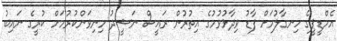
އެމްޑީޕީގެ ހިނގާލުމަށް ފާޑު ވިދާޅުވުމުގެ އިތުރުން ރައީސް ނަޝީދު މިނިވަންކުރުމަށް ކުރީގެ ނައިބު